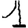
Digit: 1